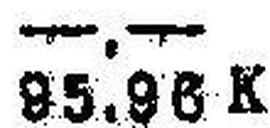
95.96 K